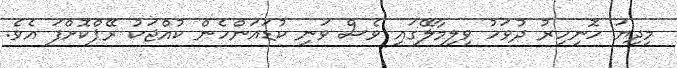
މިދިޔަ ހޮނިހިރު ދުވަހު ވިލިމާލޭގައި ވެސް ވަނި ކުޑައަންހެން ކުއްޖަކު ރޭޕްކޮށްފަ އެވެ.